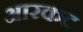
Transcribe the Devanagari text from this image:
आरकट